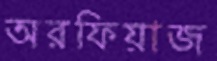
অরফিয়াজ